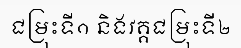
ជម្រុះទី១ និងវគ្គជម្រុះទី២